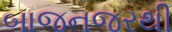
બાજનજરથી